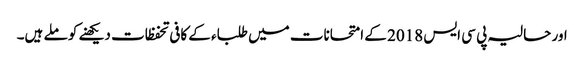
اور حالیہ پی سی ایس 2018 کے امتحانات میں طلباء کے کافی تحفظات دیکھنے کو ملے ہیں۔